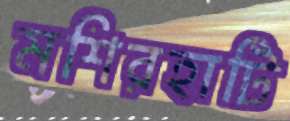
মশিরহাটি